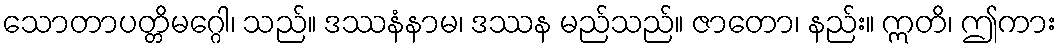
သောတာပတ္တိမဂ္ဂေါ၊ သည်။ ဒဿနံနာမ၊ ဒဿန မည်သည်။ ဇာတော၊ နည်း။ ဣတိ၊ ဤကား